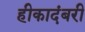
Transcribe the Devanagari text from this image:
हीकादंबरी